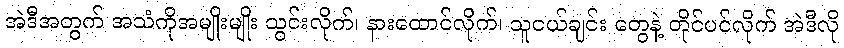
အဲဒီအတွက် အသံကိုအမျိုးမျိုး သွင်းလိုက်၊ နားထောင်လိုက်၊ သူငယ်ချင်း တွေနဲ့ တိုင်ပင်လိုက် အဲဒီလို